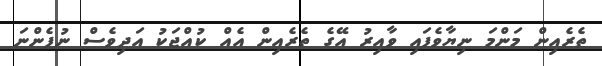
ތެރެއިން މަންމަ ނިޔާވެފައި ވާއިރު އޭގެ ތެރެއިން އެއް ކުއްޖަކު އަދިވެސް ނުފެންނަ